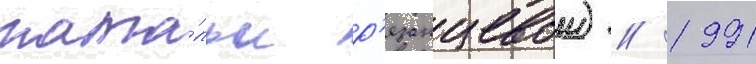
ната́льи р'язанцевои) // 1991